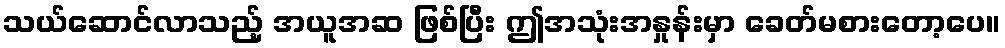
သယ်ဆောင်လာသည့် အယူအဆ ဖြစ်ပြီး ဤအသုံးအနှုန်းမှာ ခေတ်မစားတော့ပေ။